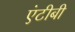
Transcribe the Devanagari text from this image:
एंटीबी